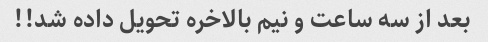
بعد از سه ساعت و نیم بالاخره تحویل داده شد!!